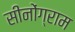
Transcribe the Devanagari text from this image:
सीनोंग्राम